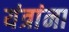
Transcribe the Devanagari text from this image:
यंत्रांना